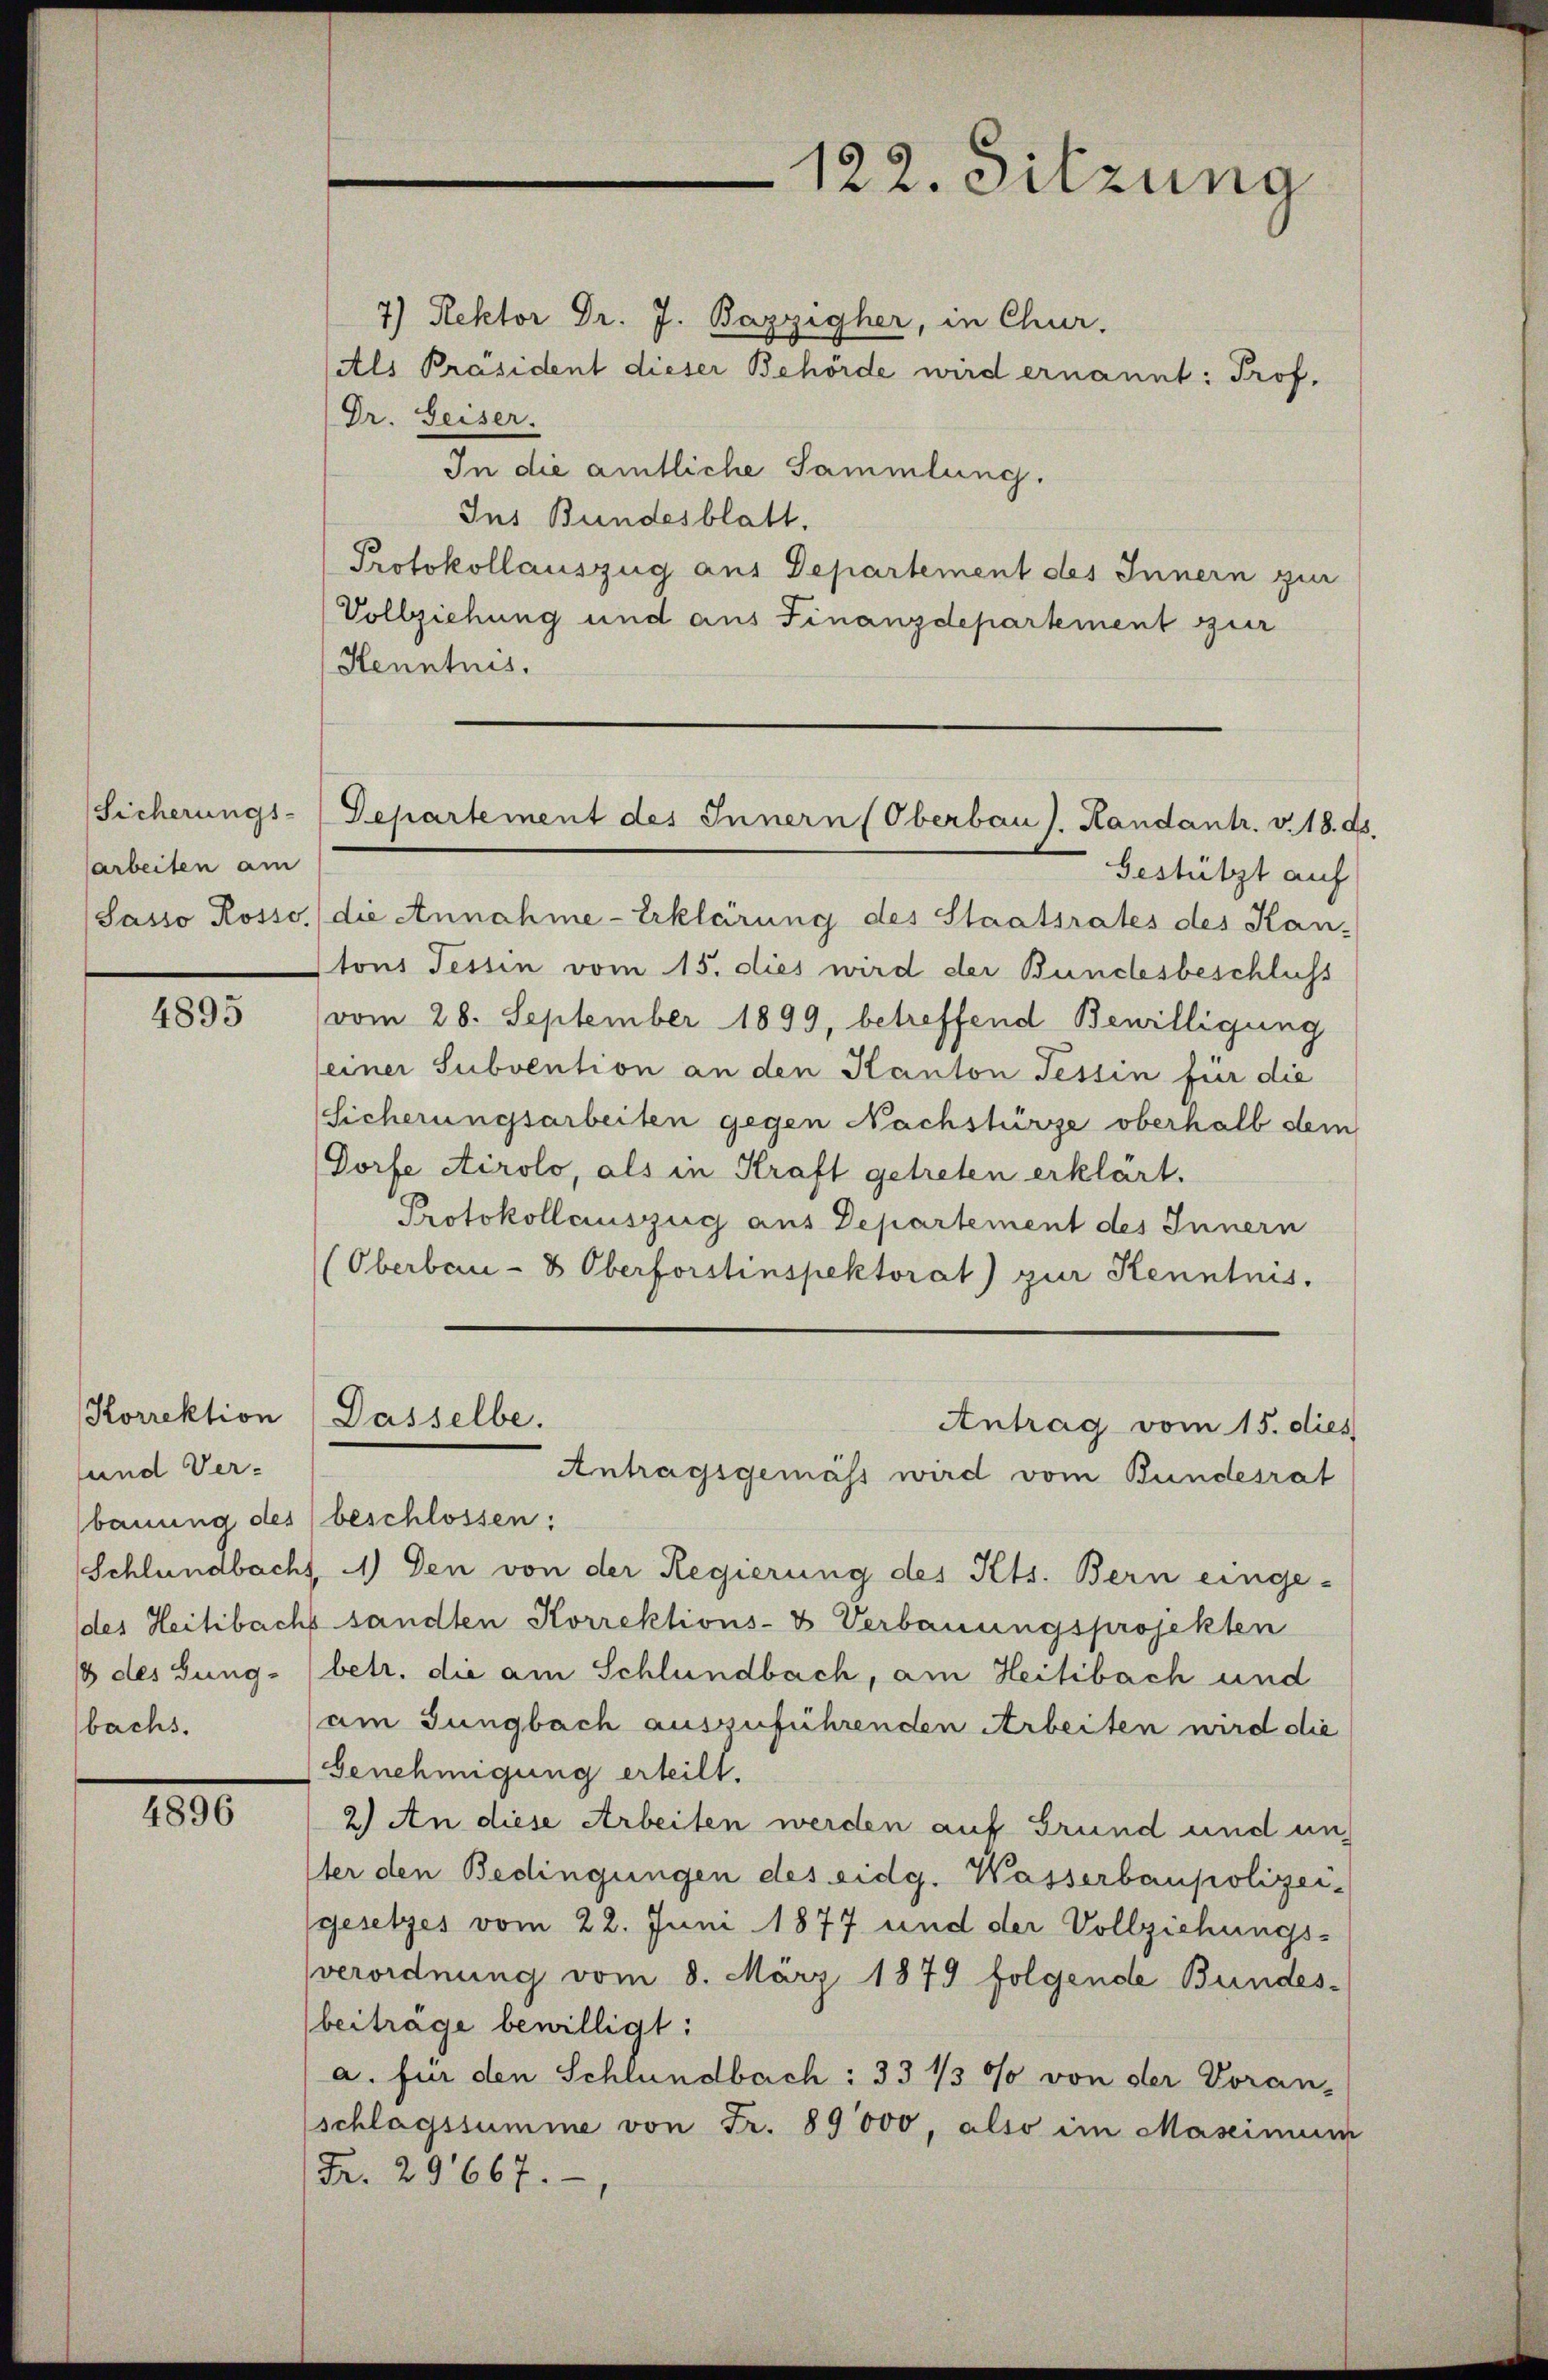
Sicherungs-
arbeiten am
Sasso Rosse

4895

Korrektion
und Ver-
bauung des
8 des Jungbachs.

4896

122. Sitzung

7) Rektor Dr. J. Bazzigher, in Chur.
(Als Präsident dieser Behörde wird ernannt: Prof.
(Dr. Seiser.
In die amtliche Sammlung.
Ins Bundesblatt.
Protokollauszug aus Departement des Innern zur
Vollziehung und aus Finanzdepartement zur
Henntnis.

Gestützt auf
die Annahme-Erklärung des Staatsrates des Kan-
tons Tessin vom 15. dies wird der Bundesbeschluss
(vom 26. September 1899, betreffend Bewilligung
seiner Subvention an den Kanton Tessin für die
Sicherungsarbeiten gegen Nachstürze oberhalb dem
Dorfe Airolo, als in Kraft getreten erklärt.
Protokollauszug aus Departement des Innern
(Oberbau- & Oberforstinspektorat) zur Kenntnis.
beschlossen:
Schlündbacht 4) Den von der Regierung des Kts. Bern einge-
des Heilbachs sandten Korrektions- & Verbauungsprojekten
betr. die am Schlündbach, am Heilibach und
am Jungbach auszuführenden Arbeiten wird die
Genehmigung erteilt.
2) An diese Arbeiten werden auf Grund und un
ter den Bedingungen des eidg. Wasserbaupolizei-
gesetzes vom 22. Juni 1877 und der Vollziehungs-
verordnung vom 8. März 1879 folgende Bundes-
beiträge bewilligt:
a. für den Schlündbach: 33 1/3 % von der Voran-
(schlagssumme von Fr. 89000, also im Mascimum
Fr. 29667.

Departement des Innern Oberbau s. Handant. v. 18. ds

Dasselbe.
Antrag vom 15. dies
Antragsgemäss wird vom Bundesrat